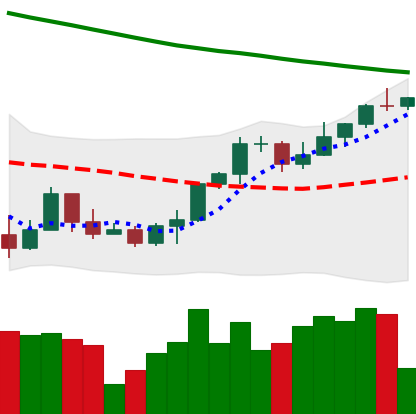
Ticker: ETH-USD
Chart end date: 2022-03-26
Forward return: 4.405%
Label: up_3_5